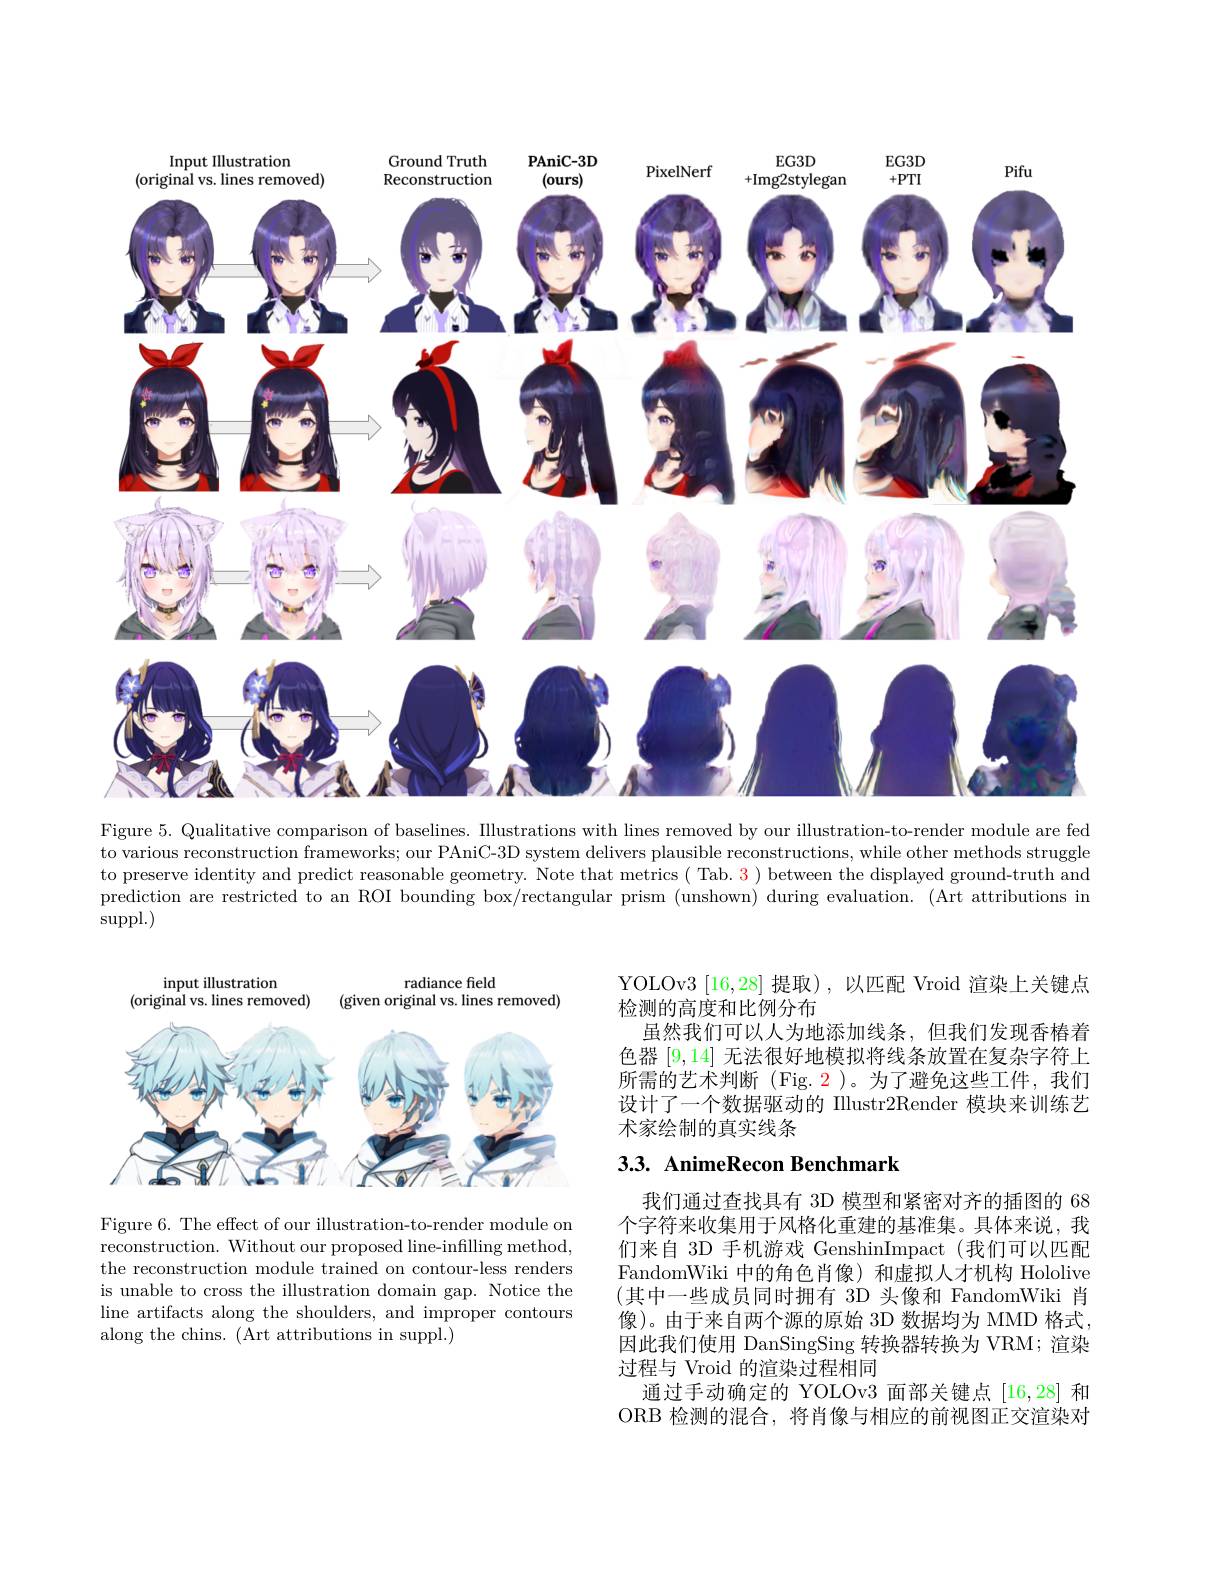
<FigureHere>

Figure 5. Qualitative comparison of baselines. Illustrations with lines removed by our illustration-to-render module are fed

to various reconstruction frameworks; our PAniC-3D system delivers plausible reconstructions, while other methods struggle to preserve identity and predict reasonable geometry. Note that metrics ( Tab. 3 ) between the displayed ground-truth and prediction are restricted to an ROI bounding box/rectangular prism (unshown) during evaluation. (Art attributions in $\operatorname{suppl.})$

radiance field
input illustration
(original vs. lines removed)
(given original vs. lines removed)

<FigureHere>

Figure 6. The effect of our illustration-to-render module on reconstruction. Without our proposed line-infilling method, the reconstruction module trained on contour-less renders is unable to cross the illustration domain gap. Notice the line artifacts along the shoulders, and improper contours along the chins. (Art attributions in suppl.)

YOLOv3 [16,28]提取),以匹配 Vroid 渲染上关键点
检测的高度和比例分布
虽然我们可以人为地添加线条，但我们发现香椿着色器[9,14]无法很好地模拟将线条放置在复杂字符上所需的艺术判断(Fig.2)。为了避免这些工件，我们设计了一个数据驱动的 Illustr2Render 模块来训练艺术家绘制的真实线条

## 3.3. AnimeRecon Benchmark

我们通过查找具有 3D 模型和紧密对齐的插图的 68个字符来收集用于风格化重建的基准集。具体来说，我们来自 3D 手机游戏 GenshinImpact (我们可以匹配FandomWiki 中的角色肖像)和虚拟人才机构 Hololive (其中一些成员同时拥有 3D 头像和 FandomWiki 肖像)。由于来自两个源的原始 3D 数据均为 MMD 格式， 因此我们使用 DanSingSing 转换器转换为 VRM; 渲染过程与 Vroid 的渲染过程相同
通过手动确定的 YOLOv3 面部关键点[16,28]和ORB 检测的混合，将肖像与相应的前视图正交渲染对